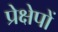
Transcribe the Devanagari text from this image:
प्रेक्षेपों